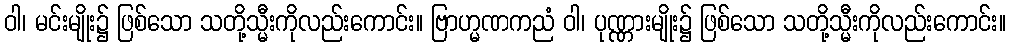
ဝါ၊ မင်းမျိုး၌ ဖြစ်သော သတို့သ္မီးကိုလည်းကောင်း။ ဗြာဟ္မဏကညံ ဝါ၊ ပုဏ္ဏားမျိုး၌ ဖြစ်သော သတို့သ္မီးကိုလည်းကောင်း။